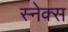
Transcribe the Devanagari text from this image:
स्नेक्स